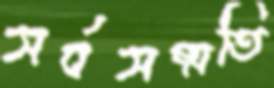
সর্বসম্মতি